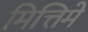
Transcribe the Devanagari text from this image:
मित्तिमे